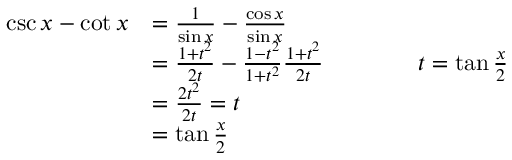
{ \begin{array} { r l } { \csc x - \cot x } & { = { \frac { 1 } { \sin x } } - { \frac { \cos x } { \sin x } } } \\ & { = { \frac { 1 + t ^ { 2 } } { 2 t } } - { \frac { 1 - t ^ { 2 } } { 1 + t ^ { 2 } } } { \frac { 1 + t ^ { 2 } } { 2 t } } \qquad \qquad t = \tan { \frac { x } { 2 } } } \\ & { = { \frac { 2 t ^ { 2 } } { 2 t } } = t } \\ & { = \tan { \frac { x } { 2 } } } \end{array} }